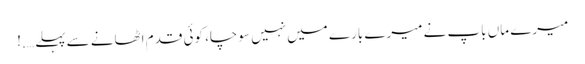
میرے ماں باپ نے میرے بارے میں نہیں سوچا، کوئی قدم اٹھانے سے پہلے ….!